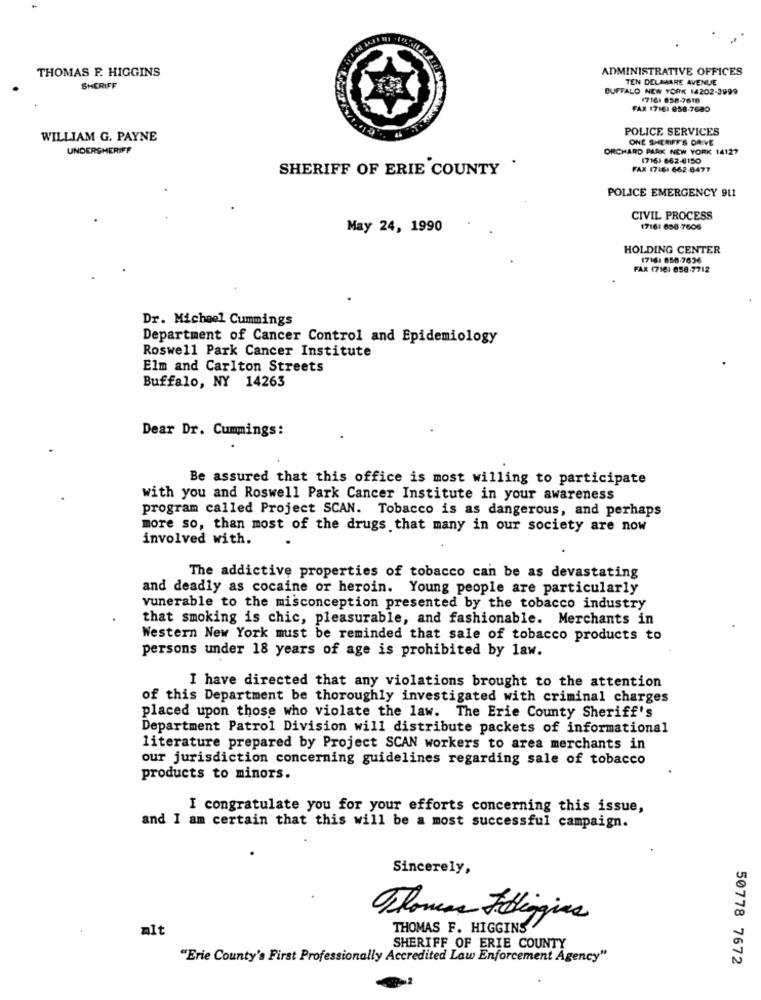
THOMAS F. HIGGINS
ADMINISTRATIVE OFFICES
TEN DELAMARE AVENUE
SHERIFF
BUFFALO NEW YORK 14202-3999
(716) 838-7618
FAX 17161 958-7680
POLICE SERVICES
WILLIAM G. PAYNE
ONE SHERIFF'S DRIVE
UNDERSHERIFF
ORCHARD PARK NEW YORK 14127
1716) 662-6150
SHERIFF OF ERIE COUNTY .
FAX 17:61 662-8477
POLICE EMERGENCY 911
CIVIL PROCESS
May 24, 1990
17161 650-7606
HOLDING CENTER
(716) 850-7636
FAX (716: 658-7712
Dr. Michael Cummings
Department of Cancer Control and Epidemiology
Roswell Park Cancer Institute
Elm and Carlton Streets
Buffalo, NY 14263
Dear Dr. Cummings:
Be assured that this office is most willing to participate
with you and Roswell Park Cancer Institute in your awareness
program called Project SCAN. Tobacco is as dangerous, and perhaps
more so, than most of the drugs that many in our society are now
involved with.
The addictive properties of tobacco can be as devastating
and deadly as cocaine or heroin. Young people are particularly
vunerable to the misconception presented by the tobacco industry
that smoking is chic, pleasurable, and fashionable. Merchants in
Western New York must be reminded that sale of tobacco products to
persons under 18 years of age is prohibited by law.
I have directed that any violations brought to the attention
of this Department be thoroughly investigated with criminal charges
placed upon those who violate the law. The Erie County Sheriff's
Department Patrol Division will distribute packets of informational
literature prepared by Project SCAN workers to area merchants in
our jurisdiction concerning guidelines regarding sale of tobacco
products to minors.
I congratulate you for your efforts concerning this issue,
and I am certain that this will be a most successful campaign.
Sincerely,
Thomas Fdiggins
mit
THOMAS F. HIGGINS
SHERIFF OF ERIE COUNTY
"Erie County's First Professionally Accredited Law Enforcement Agency"
50778 7672